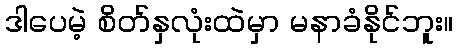
ဒါပေမဲ့ စိတ်နှလုံးထဲမှာ မနာခံနိုင်ဘူး။